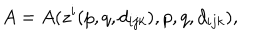
A = A ( z ^ { i } ( p , q , d _ { i j k } ) , p , q , d _ { i j k } ) ,